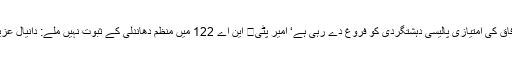
وفاق کی امتیازی پالیسی دہشتگردی کو فروغ دے رہی ہے‘ امیر پٹی	 این اے 122 میں منظم دھاندلی کے ثبوت نہیں ملے: دانیال عزیز